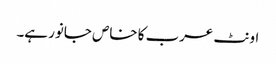
اونٹ عرب کا خاص جانور ہے۔